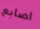
اصابع